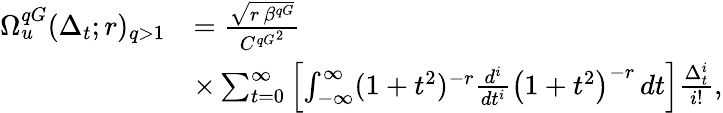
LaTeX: \begin{array}{rl}{\Omega_{u}^{qG}(\Delta_{t};r)_{q>1}}&{=\frac{\sqrt{r\, \beta^{qG}}}{{C^{qG}}^{2}}}\\ &{\times\sum_{t=0}^{\infty}\left[\int_{-\infty}^{\infty}(1+t^{2})^{-r}\frac{d^{i}}{dt^{i}}\left(1+t^{2}\right)^{-r}\, dt\right]\frac{\Delta_{t}^{i}}{i!},}\end{array}